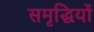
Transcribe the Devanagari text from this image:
समृद्धियों